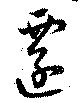
遷